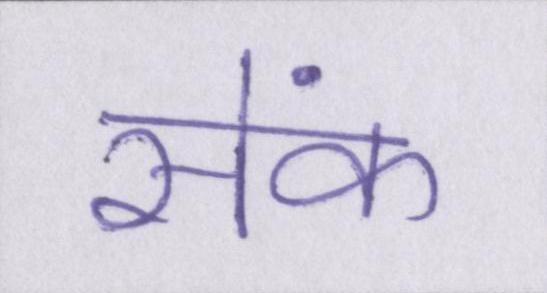
सेंक